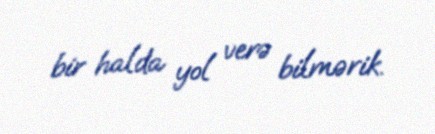
bir halda yol verə bilmərik.